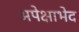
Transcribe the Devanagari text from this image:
अपेक्षाभेद